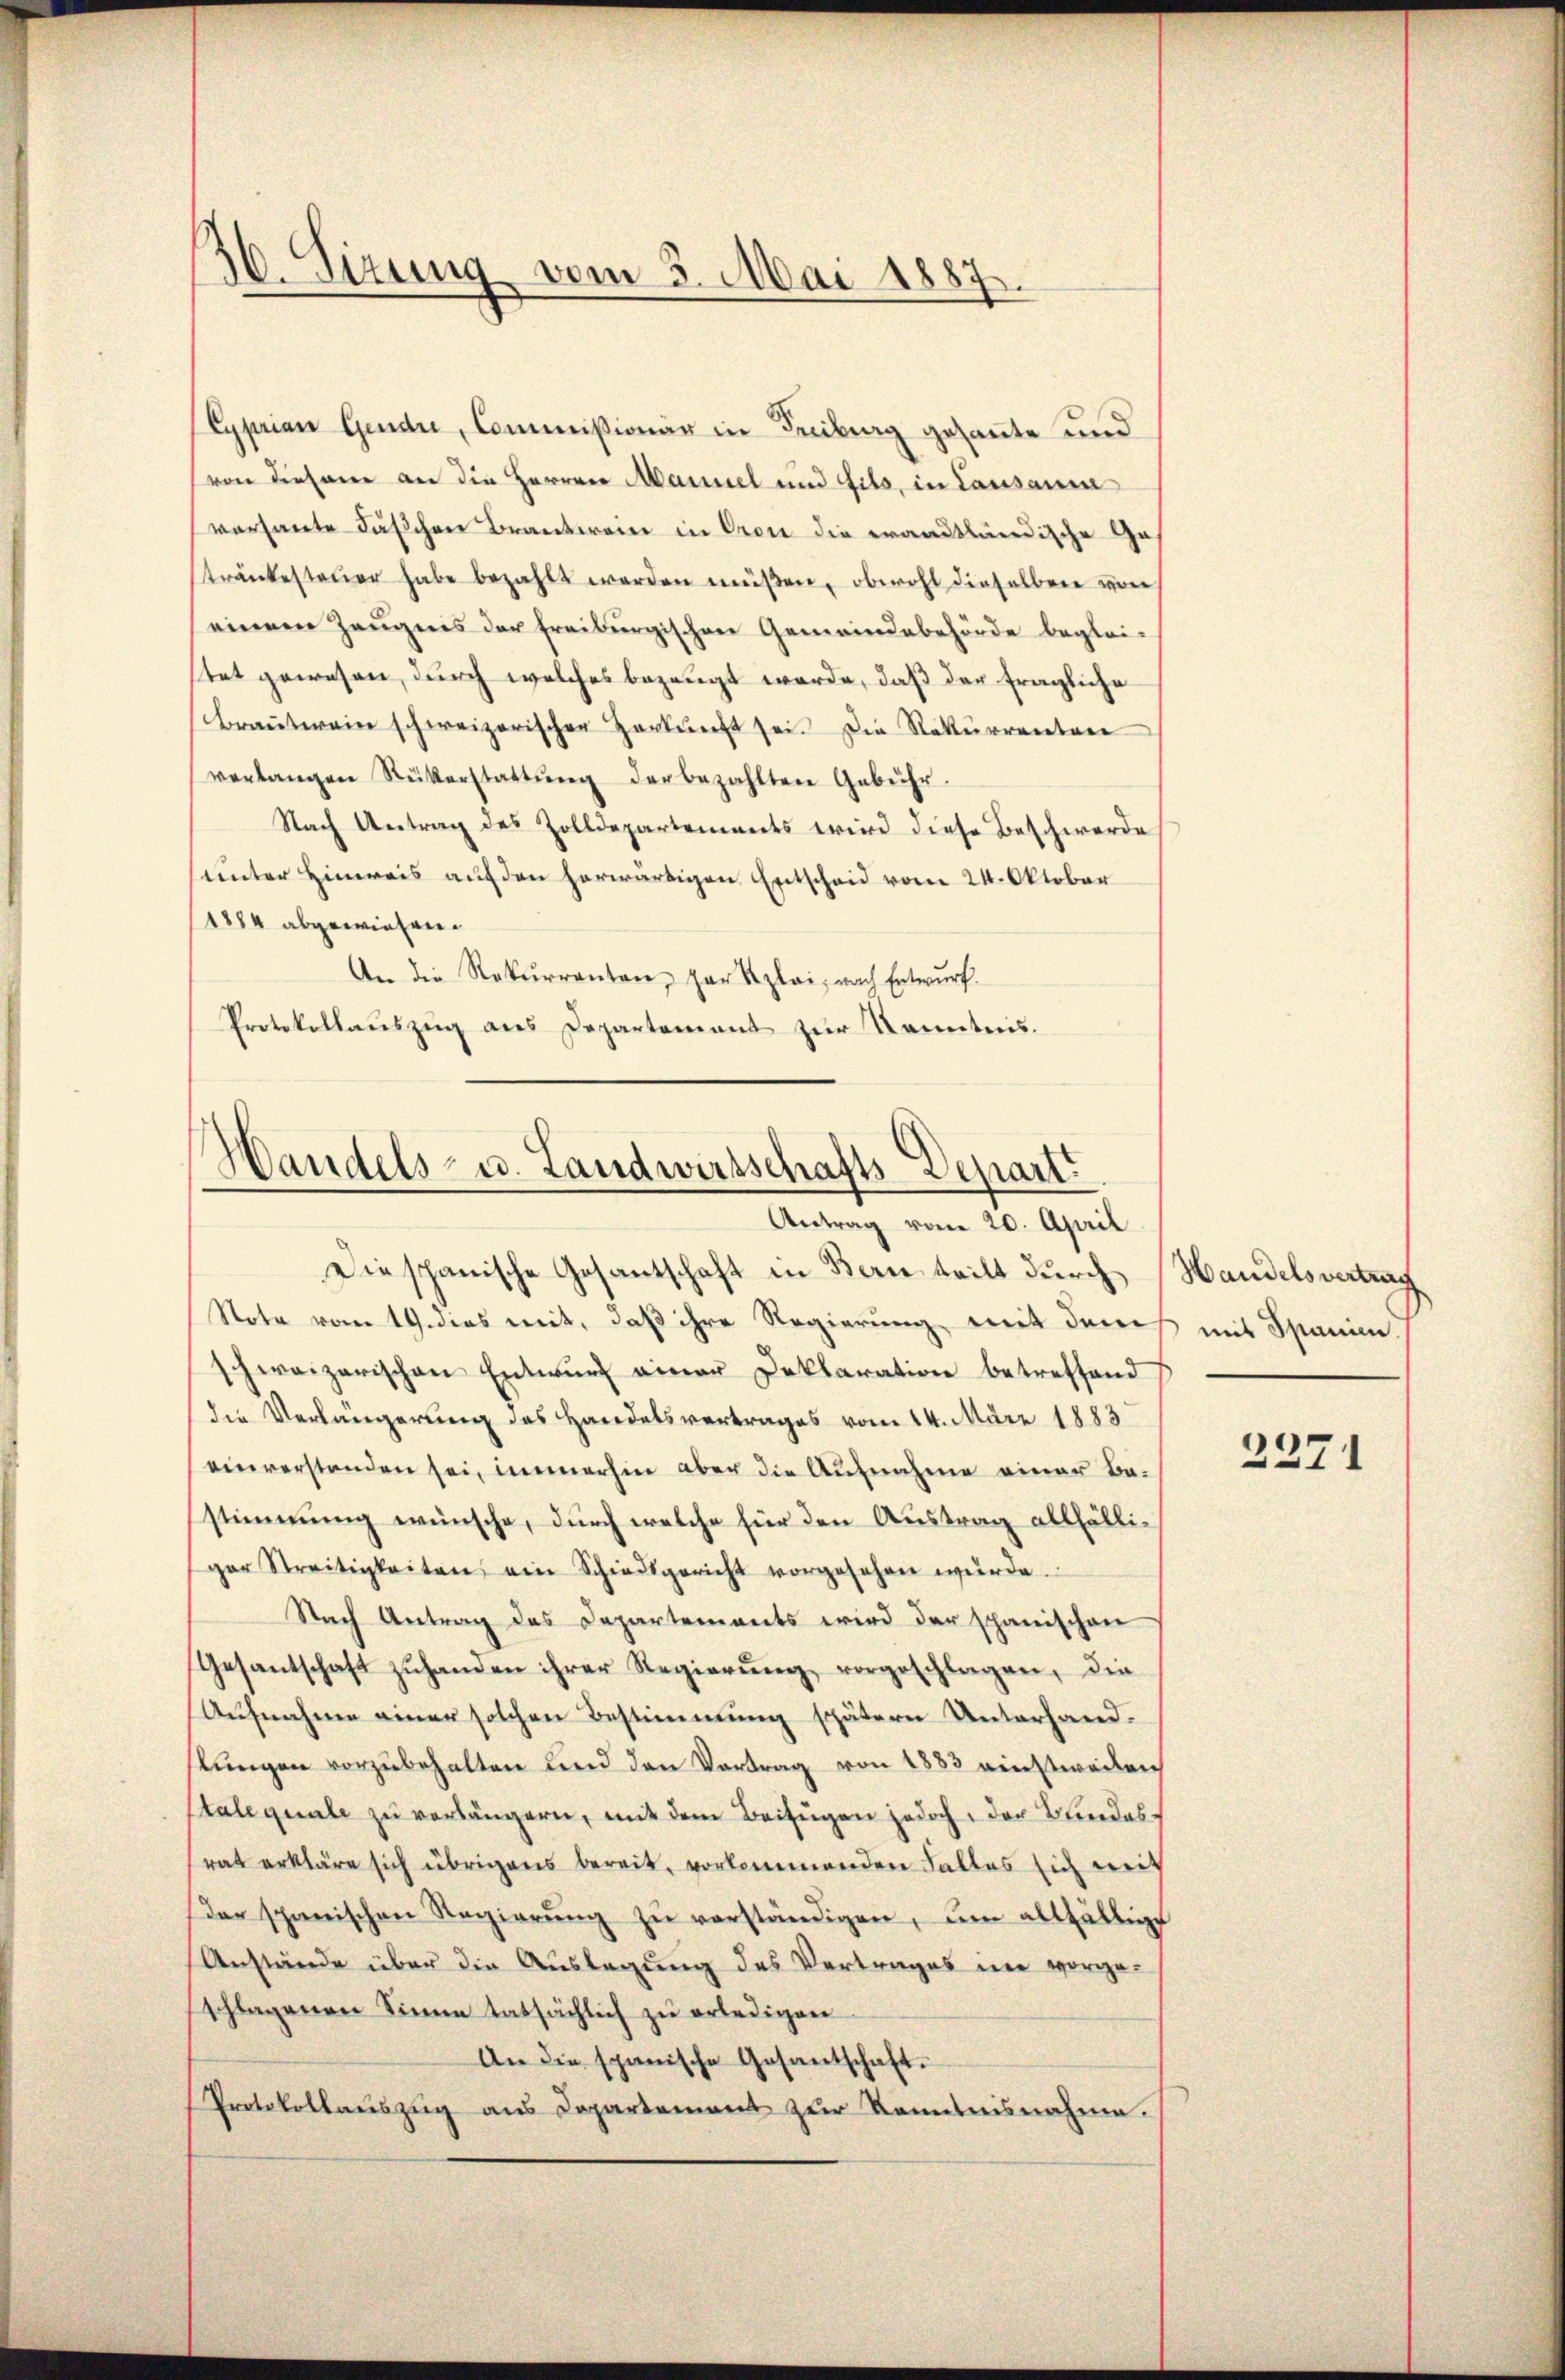
36. Sizung vom 3. Mai 1887.

Cyprian Gendre, Commissionär in Freiburg gesante und
von diesem an die Herren Marmel und fils, in Lausann
versante Täschen Branterein in Crone die erandtländische Ge-
tränkesteŭer habe bezahlt werden müßen, obwohl dieselben von
einem Zeugnis der Freiburgischen Gemeindebehörde beglei-
stet gewesen, durch welches bezeugt werde, daß der fragliche
Braṅtwein schweizerischen Herkŭnft sei. Die Rekurrenten
verlangen Rükerstattŭng der bezahlten Gebühr.
Nach Antrag des Zolldepartements wird diese Beschwerde
unter Hinweis auf den herwärtigen Entscheid vom 24. Oktober
1884 abgewiesen.
An die Rekurrenten, gar Rzlai, nach Entwurf.
Protokollauszug aus Departement zur Kenntnis.

Handels- u. Landwirtschafts-Depart
Antrag vom 20. April

Diespanische Gesantschaft in Bern teilt durch Handelsvertrag
Note vom 19. dies mit, daß ihre Regierung mit dem
schweizerischen Entwurf einer Deklaration betreffend
die Verlängerung des Handelsvertrages vom 14. März 1883
einverstanden sei, immerhin aber die Aufnahme einer Bestimmung wünsche, durch welche für den Austrag allfälliger Streitigkeiten ein Schiedsgericht vorgesehen würde.
Nach Antrag des Departements wird der spanischen
Gesantschaft zŭhanden ihrer Regierŭng vorgeschlagen, die
Aufnahme einer solchen Bestimmung spätern Unterhandkungen vorzubehalten und den Vortrag von 1883 einstweilen
tale quale zu verlängern, mit dem Beifügen jedoch, der Blindesrat erkläre sich übrigens bereit, vorkommenden Falles sich mit
Der spanischen Regierŭng zŭ verständigen, um allfällige
Anstände über die Auslegung des Vertrages nie vorgeschlagenen Sinne tatsächlich zŭ erledigen
An die spanische Gesantschaft.
Protokollauszug aus Departement zur Kenntnisnahme.

mit Spanien.

2271